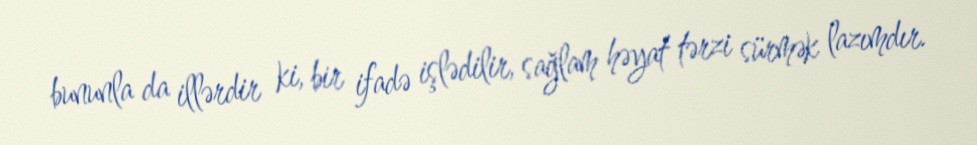
bununla da illərdir ki, bir ifadə işlədilir, sağlam həyat tərzi sürmək lazımdır.